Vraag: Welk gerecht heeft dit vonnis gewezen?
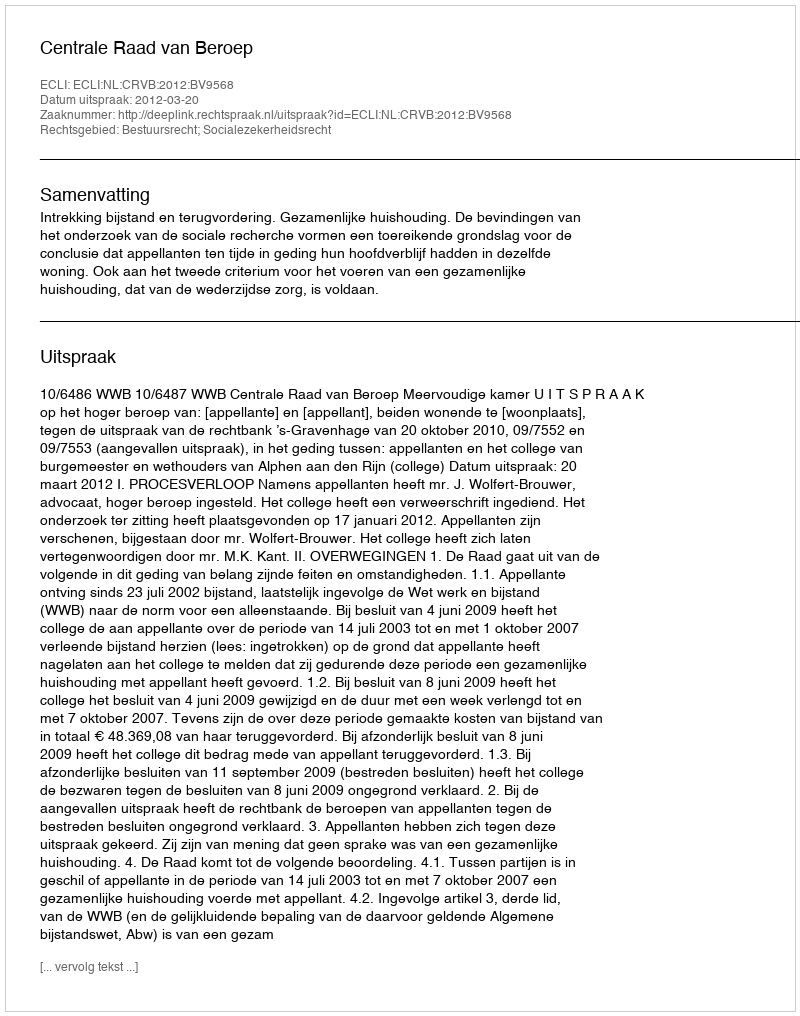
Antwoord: Centrale Raad van Beroep